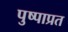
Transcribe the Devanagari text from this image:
पुष्पाप्रत